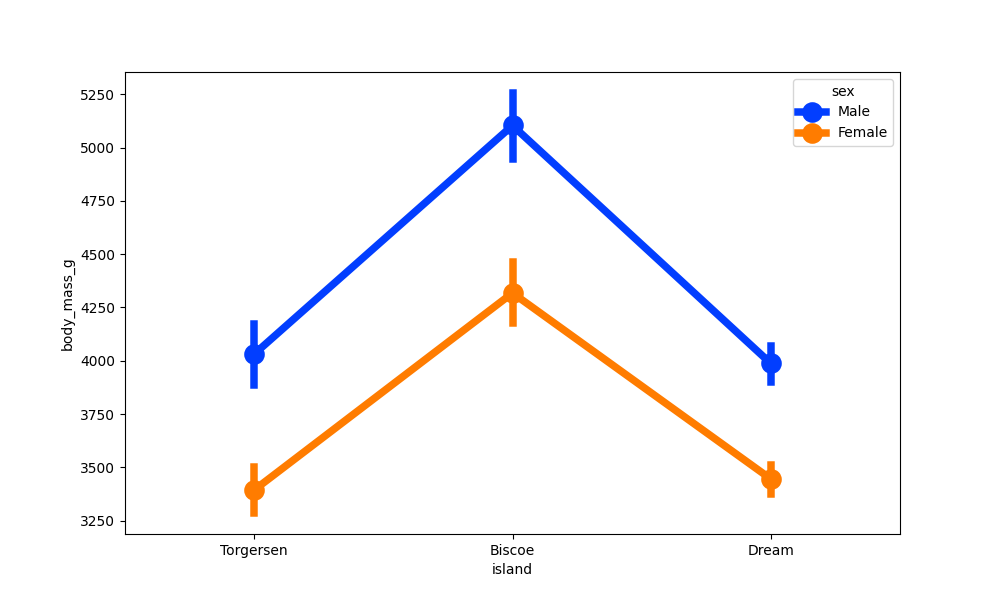
python, seaborn, pointplot, scale=2.0, join=True, hue='sex', palette='bright'